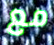
مع